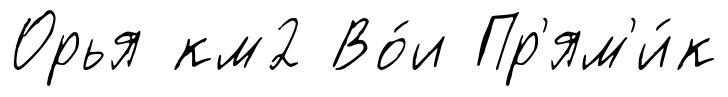
Орья км2 Во́и Пр'ям'и́к